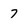
Character: 7